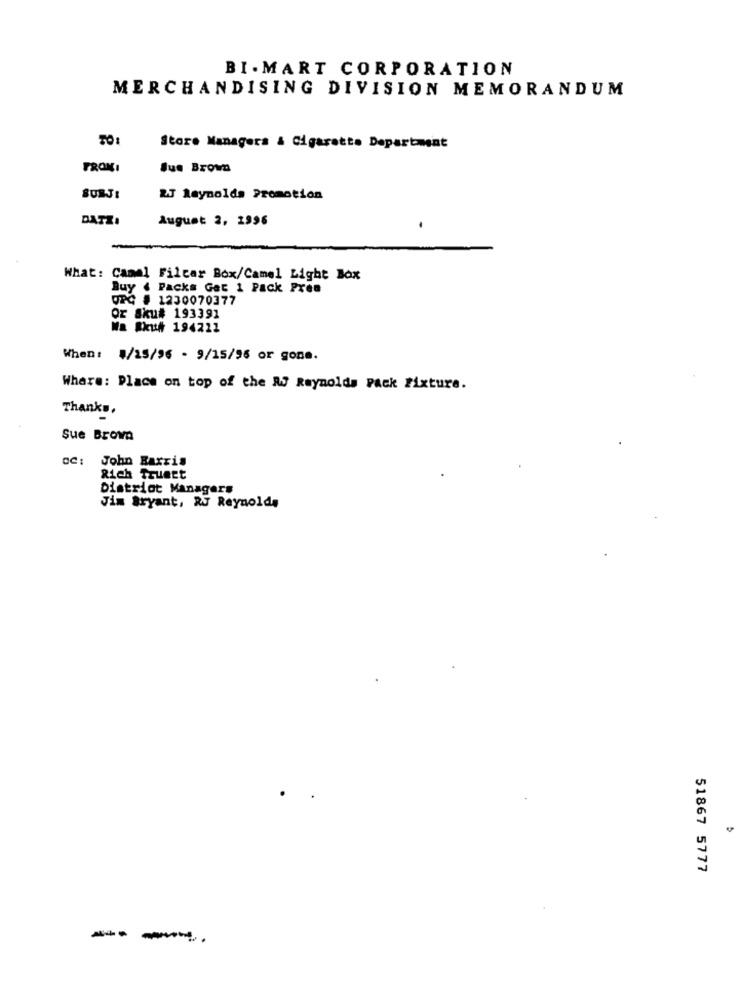
BI- MART CORPORATION
MERCHANDISING DIVISION MEMORANDUM
Store Managers & Cigarette Department
FROM:
Jue Brown
BURJ:
2J Reynolds Promotion
DATZ.
August 2, 1996
What: Camel Filcar Box/Camel Light Box
Buy . Packs Get 1 Pack Pren
OPC # 1230070377
Or Sku# 193391
Na Sku# 194221
When: 4/15/96 - 9/15/96 or gone.
Where: Place on top of the RJ Reynolds Pack fixture.
Thanks,
Sue Brown
oc: John Barris
Rich Truest
District Managers
Jim Bryant, R Reynolds
51867 5777
---